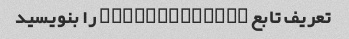
تعریف تابع 'sum_numbers' را بنویسید